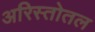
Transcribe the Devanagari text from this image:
अरिस्तोतल